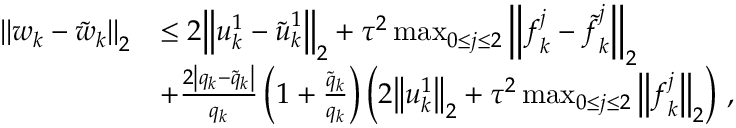
\begin{array} { r l } { { \left\| { \boldsymbol { w } } _ { k } - { \boldsymbol { \tilde { w } } } _ { k } \right\| } _ { 2 } } & { \leq 2 { \left\| { \boldsymbol { u } } _ { k } ^ { 1 } - { \boldsymbol { \tilde { u } } } _ { k } ^ { 1 } \right\| } _ { 2 } + { \tau } ^ { 2 } \operatorname* { m a x } _ { 0 \leq j \leq 2 } { { \left\| { \boldsymbol { f } } _ { k } ^ { j } - { \boldsymbol { \tilde { f } } } _ { k } ^ { j } \right\| } _ { 2 } } } \\ & { + \frac { 2 \left| { q } _ { k } - { \tilde { q } } _ { k } \right| } { { q } _ { k } } \left( 1 + \frac { { \tilde { q } } _ { k } } { { q } _ { k } } \right) \left( 2 { \left\| { \boldsymbol { u } } _ { k } ^ { 1 } \right\| } _ { 2 } + { \tau } ^ { 2 } \operatorname* { m a x } _ { 0 \leq j \leq 2 } { { \left\| { \boldsymbol { f } } _ { k } ^ { j } \right\| } _ { 2 } } \right) \, , } \end{array}